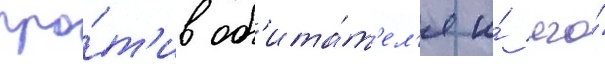
про́т'ив об'ита́т'ел'я и́ его́